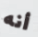
أنه